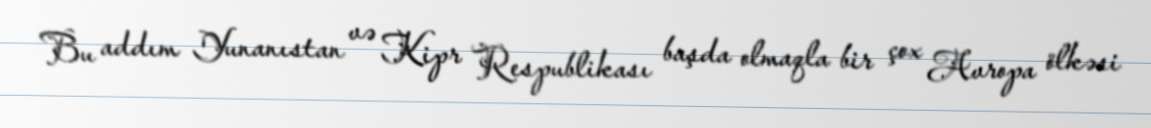
Bu addım Yunanıstan və Kipr Respublikası başda olmaqla bir çox Avropa ölkəsi